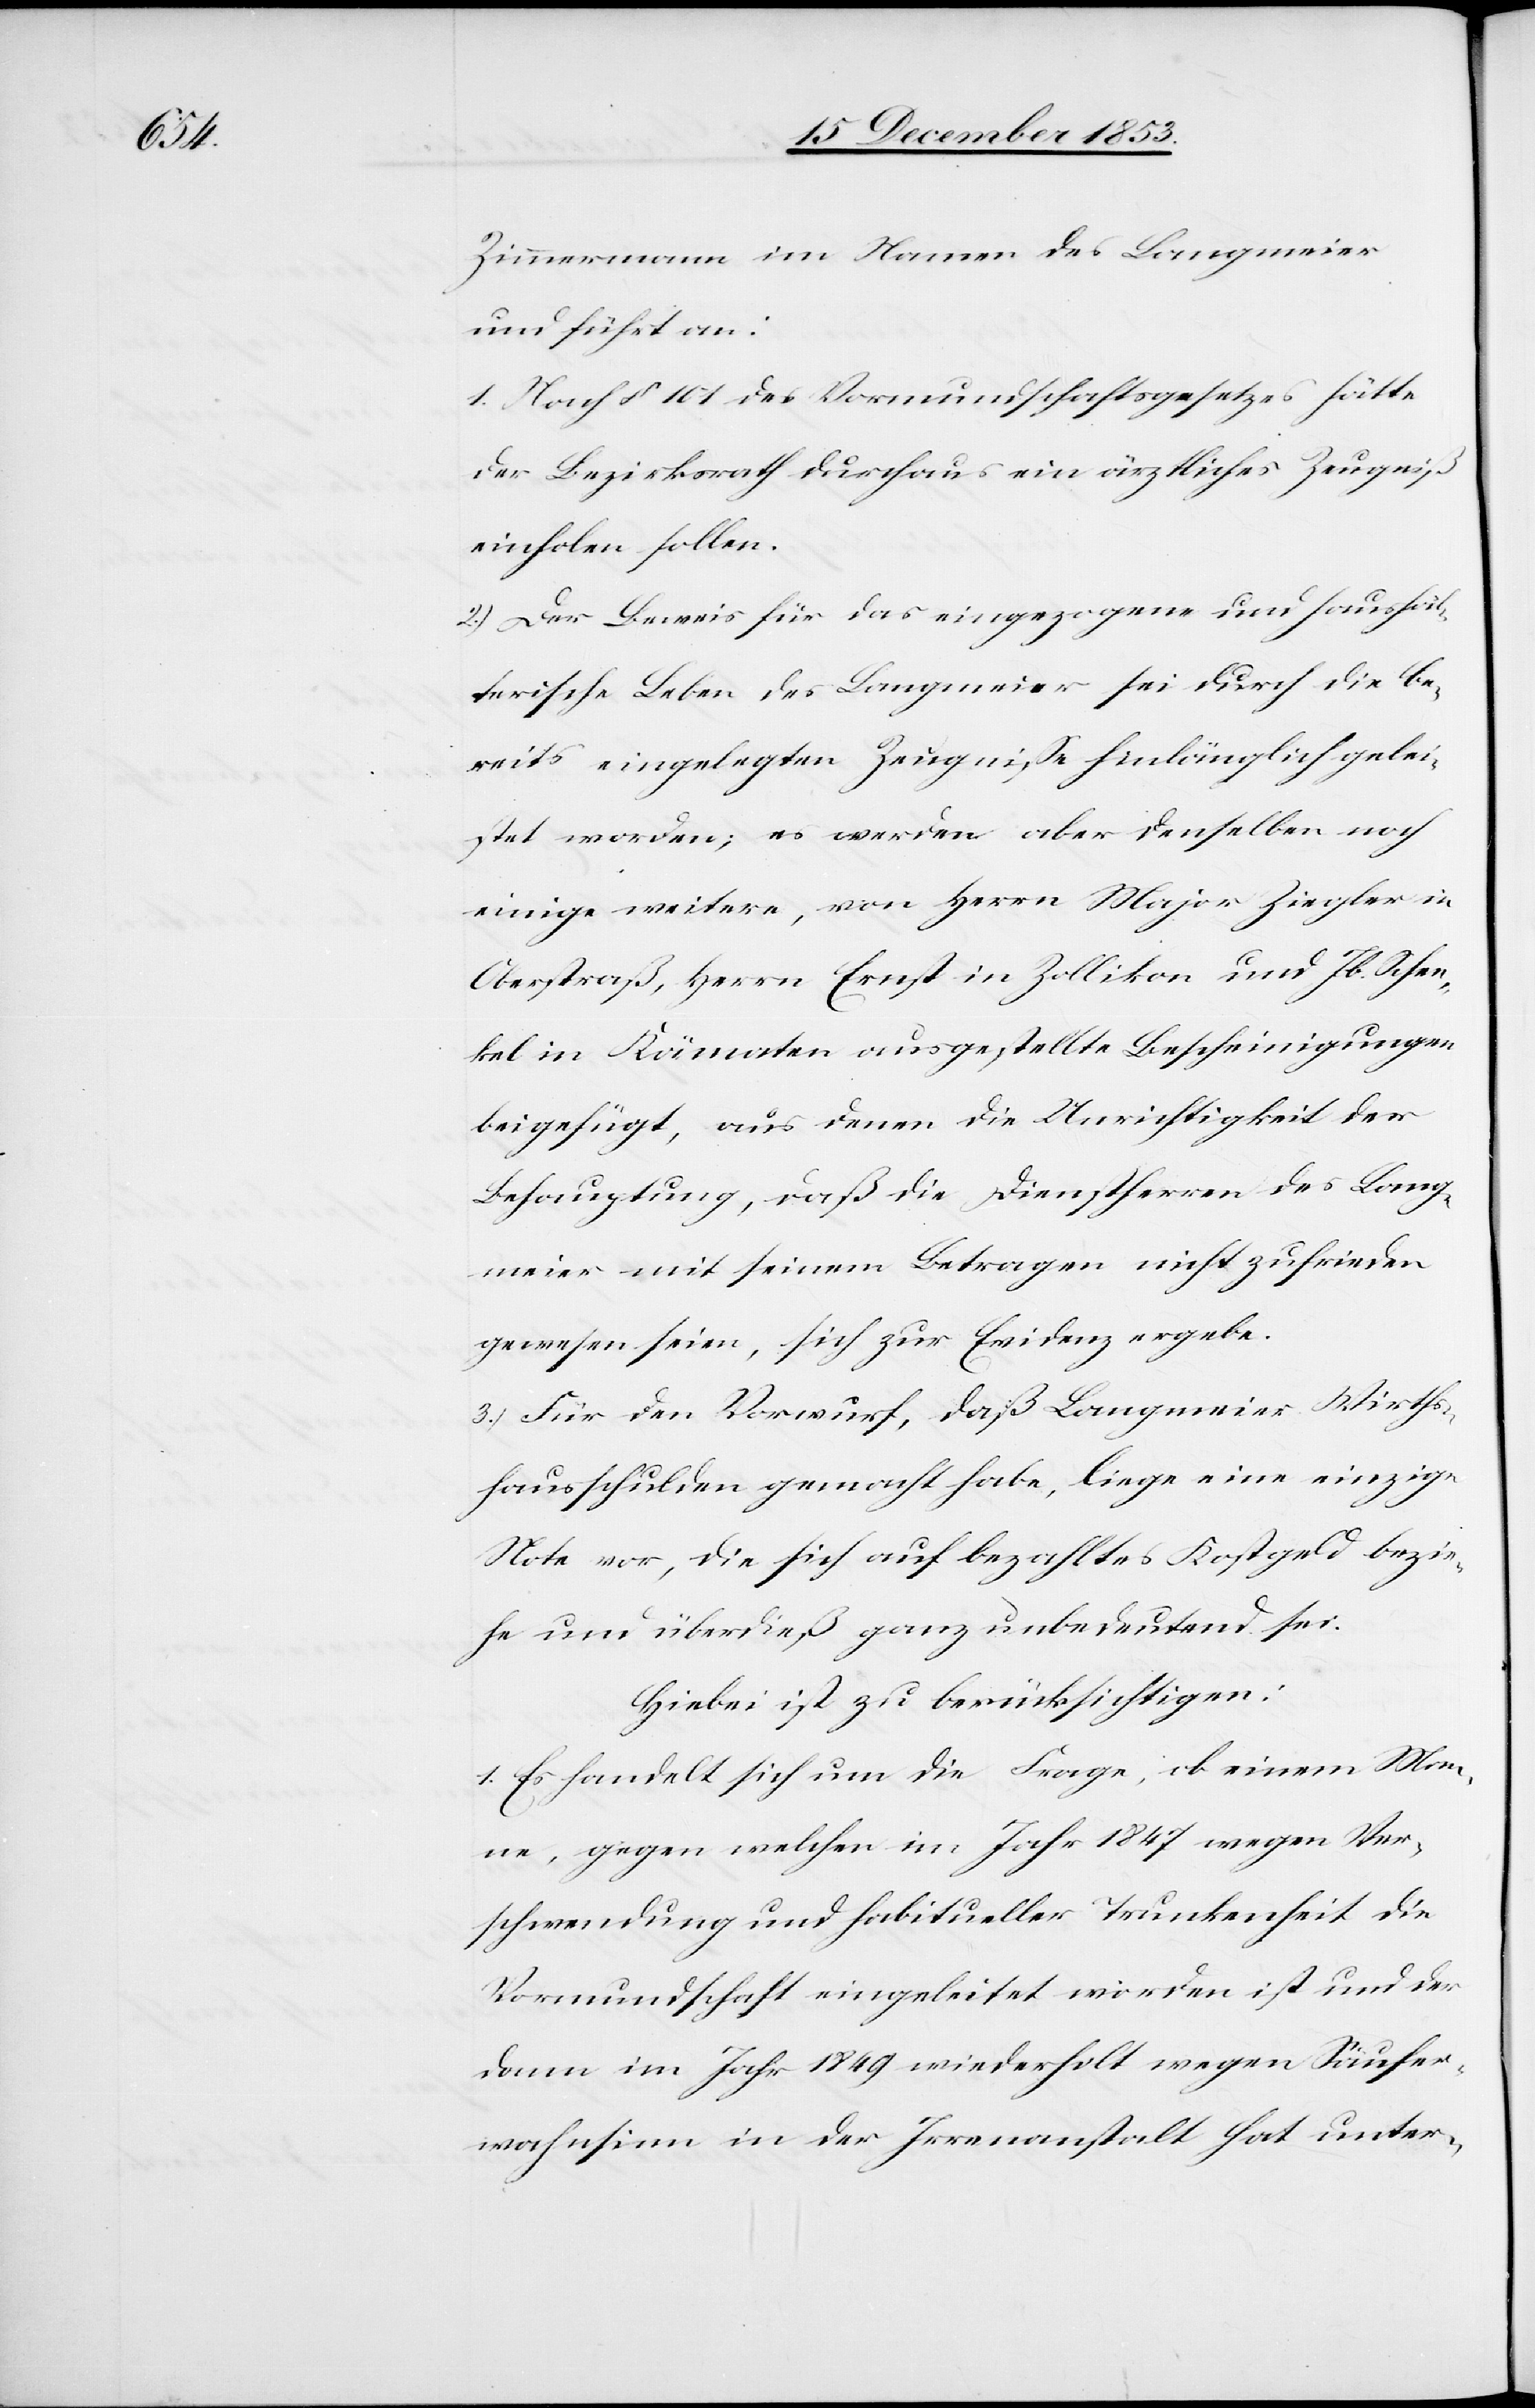
Zimmermann im Namen des Langmeier
und führt an:
1. Nach § 101 des Vormundschaftsgesetzes hätte
der Bezirksrath durchaus ein ärztliches Zeugniß
einholen sollen.
2.) Der Beweis für das eingezogene und haushäl¬
terische Leben des Langmeier sei durch die be¬
reits eingelegten Zeugniße hinlänglich gelei¬
stet worden; es werden aber denselben noch
einige weitere, von Herrn Major Ziegler in
Oberstraß, Herrn Ernst in Zollikon und Jb. Schen¬
kel in Kämaten ausgestellte Bescheinigungen
beigefügt, aus denen die Unrichtigkeit der
Behauptung, daß die Dienstherren des Lang¬
meier mit seinem Betragen nicht zufrieden
gewesen seien, sich zur Evidenz ergebe.
3.) Für den Vorwurf, daß Langmeier Wirths¬
hausschulden gemacht habe, liege eine einzige
Note vor, die sich auf bezahltes Kostgeld bezie¬
he und überdieß ganz unbedeutend sei.
Hiebei ist zu berücksichtigen:
1. Es handelt sich um die Frage, ob einem Man¬
ne, gegen welchen im Jahr 1847 wegen Ver¬
schwendung und habitueller Trunkenheit die
Vormundschaft eingeleitet worden ist und der
dann im Jahr 1849 wiederholt wegen Säufer¬
wahnsinn in der Irrenanstalt hat unter-